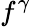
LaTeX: f^{\gamma}